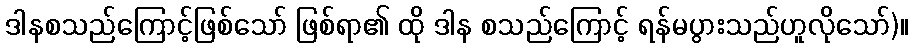
ဒါနစသည်ကြောင့်ဖြစ်သော် ဖြစ်ရာ၏ ထို ဒါန စသည်ကြောင့် ရန်မပွားသည်ဟူလိုသော်)။